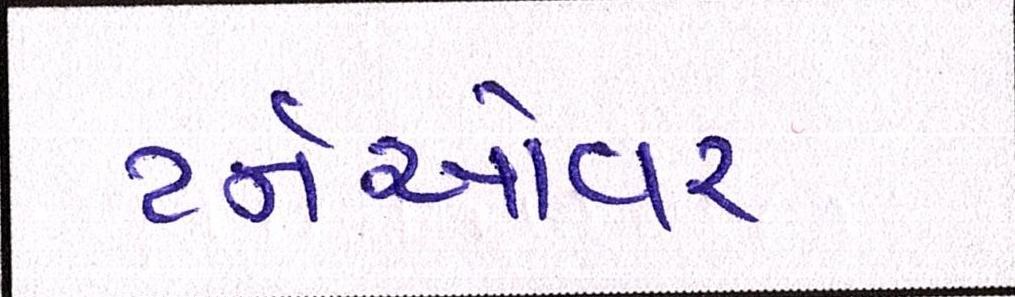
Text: ટર્નઓવર